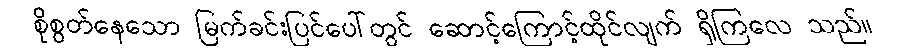
စိုစွတ်နေသော မြက်ခင်းပြင်ပေါ်တွင် ဆောင့်ကြောင့်ထိုင်လျက် ရှိကြလေ သည်။